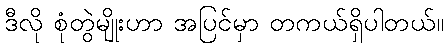
ဒီလို စုံတွဲမျိုးဟာ အပြင်မှာ တကယ်ရှိပါတယ်။